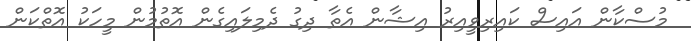
މުސްކާން އައިސް ކައިރިވީއިރު އިޝާން އެތާ ދިގު ދެމިލައިގެން އޮތުމުން މީހަކު އޮތްކަން